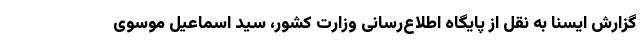
گزارش ایسنا به نقل از پایگاه اطلاع‌رسانی وزارت کشور، سید اسماعیل موسوی